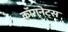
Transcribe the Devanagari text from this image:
कॉगनेट्स